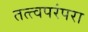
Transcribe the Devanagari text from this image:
तत्त्वपरंपरा